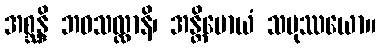
အစ္ဆန္ဒိ ဘဝသလ္လာနိ၊ အန္တိမောယံ သမုဿယော။